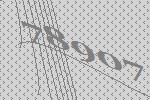
78907